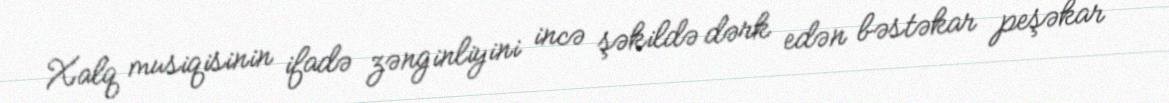
Xalq musiqisinin ifadə zənginliyini incə şəkildə dərk edən bəstəkar peşəkar